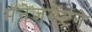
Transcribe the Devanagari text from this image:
मॅनेजमेंटने